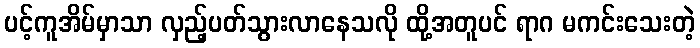
ပင့်ကူအိမ်မှာသာ လှည့်ပတ်သွားလာနေသလို ထို့အတူပင် ရာဂ မကင်းသေးတဲ့